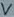
Text: V